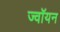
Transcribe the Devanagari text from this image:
ज्वॉयन